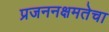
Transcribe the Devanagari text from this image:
प्रजननक्षमतेचा